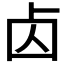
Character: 𠧚